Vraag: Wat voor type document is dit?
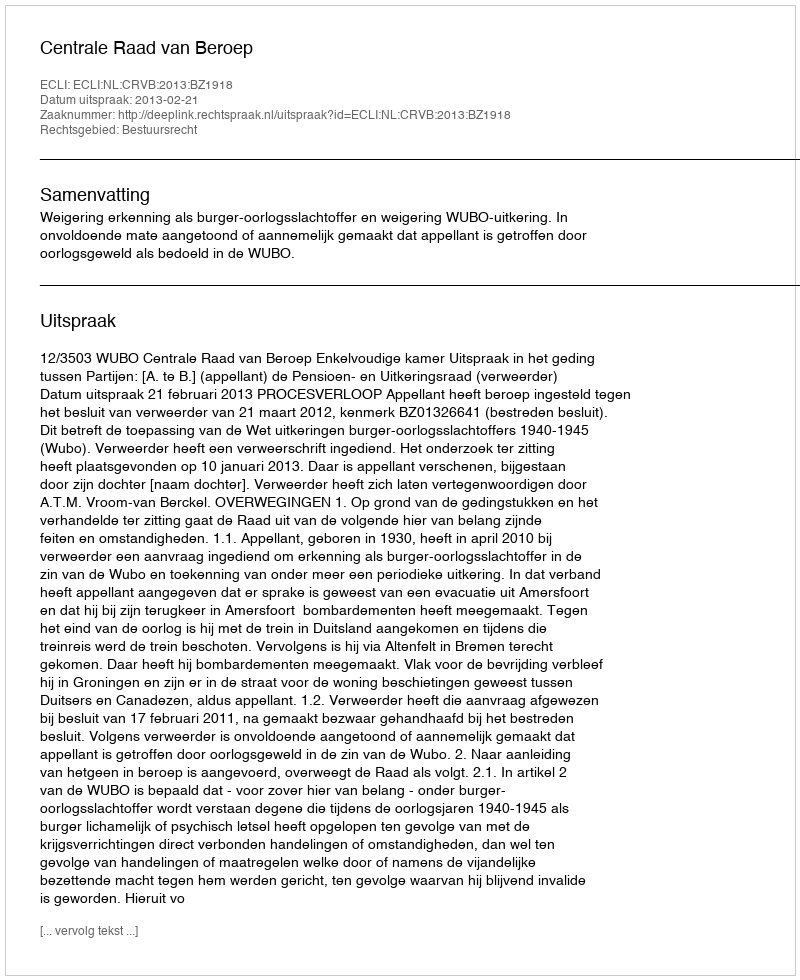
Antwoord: Uitspraak